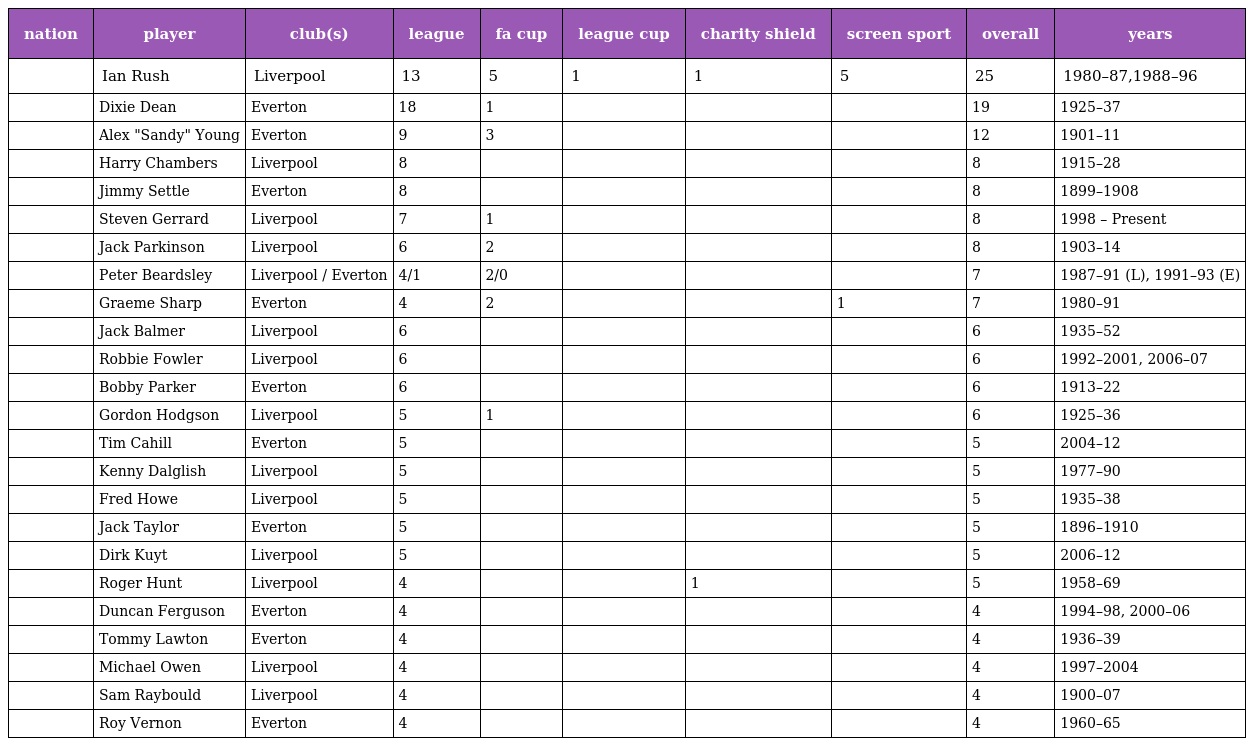
| nation | player | club(s) | league | fa cup | league cup | charity shield | screen sport | overall | years |
 | --- | --- | --- | --- | --- | --- | --- | --- | --- | --- |
 |  | Ian Rush | Liverpool | 13 | 5 | 1 | 1 | 5 | 25 | 1980–87,1988–96 |
 |  | Dixie Dean | Everton | 18 | 1 |  |  |  | 19 | 1925–37 |
 |  | Alex "Sandy" Young | Everton | 9 | 3 |  |  |  | 12 | 1901–11 |
 |  | Harry Chambers | Liverpool | 8 |  |  |  |  | 8 | 1915–28 |
 |  | Jimmy Settle | Everton | 8 |  |  |  |  | 8 | 1899–1908 |
 |  | Steven Gerrard | Liverpool | 7 | 1 |  |  |  | 8 | 1998 – Present |
 |  | Jack Parkinson | Liverpool | 6 | 2 |  |  |  | 8 | 1903–14 |
 |  | Peter Beardsley | Liverpool / Everton | 4/1 | 2/0 |  |  |  | 7 | 1987–91 (L), 1991–93 (E) |
 |  | Graeme Sharp | Everton | 4 | 2 |  |  | 1 | 7 | 1980–91 |
 |  | Jack Balmer | Liverpool | 6 |  |  |  |  | 6 | 1935–52 |
 |  | Robbie Fowler | Liverpool | 6 |  |  |  |  | 6 | 1992–2001, 2006–07 |
 |  | Bobby Parker | Everton | 6 |  |  |  |  | 6 | 1913–22 |
 |  | Gordon Hodgson | Liverpool | 5 | 1 |  |  |  | 6 | 1925–36 |
 |  | Tim Cahill | Everton | 5 |  |  |  |  | 5 | 2004–12 |
 |  | Kenny Dalglish | Liverpool | 5 |  |  |  |  | 5 | 1977–90 |
 |  | Fred Howe | Liverpool | 5 |  |  |  |  | 5 | 1935–38 |
 |  | Jack Taylor | Everton | 5 |  |  |  |  | 5 | 1896–1910 |
 |  | Dirk Kuyt | Liverpool | 5 |  |  |  |  | 5 | 2006–12 |
 |  | Roger Hunt | Liverpool | 4 |  |  | 1 |  | 5 | 1958–69 |
 |  | Duncan Ferguson | Everton | 4 |  |  |  |  | 4 | 1994–98, 2000–06 |
 |  | Tommy Lawton | Everton | 4 |  |  |  |  | 4 | 1936–39 |
 |  | Michael Owen | Liverpool | 4 |  |  |  |  | 4 | 1997–2004 |
 |  | Sam Raybould | Liverpool | 4 |  |  |  |  | 4 | 1900–07 |
 |  | Roy Vernon | Everton | 4 |  |  |  |  | 4 | 1960–65 |